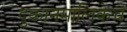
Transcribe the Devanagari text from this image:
दुकानमालिकेचे